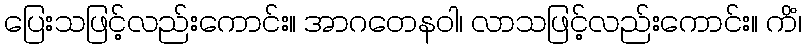
ပြေးသဖြင့်လည်းကောင်း။ အာဂတေနဝါ၊ လာသဖြင့်လည်းကောင်း။ ကိံ၊